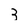
Character: 3